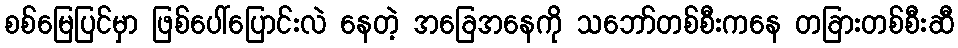
စစ်မြေပြင်မှာ ဖြစ်ပေါ်ပြောင်းလဲ နေတဲ့ အခြေအနေကို သဘော်တစ်စီးကနေ တခြားတစ်စီးဆီ